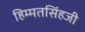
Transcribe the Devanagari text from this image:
हिम्मतसिंहजी